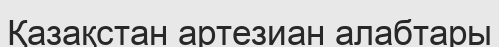
Қазақстан артезиан алабтары